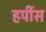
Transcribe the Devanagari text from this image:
हर्पीस